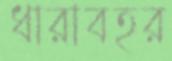
ধারাবহর